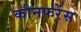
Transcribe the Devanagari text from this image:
कौनफरेंस